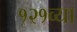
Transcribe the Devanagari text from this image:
१२१व्या